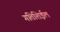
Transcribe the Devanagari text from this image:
गतिशिईल